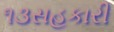
૧૩સહકારી